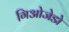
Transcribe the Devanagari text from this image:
गिओजेडो